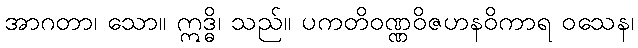
အာဂတာ၊ သော။ ဣဒ္ဓိ၊ သည်။ ပကတိဝဏ္ဏဝိဇဟနဝိကာရ ဝသေန၊